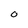
Character: O